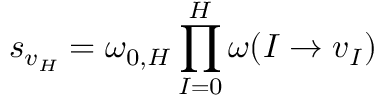
s _ { v _ { H } } = \omega _ { 0 , H } \prod _ { I = 0 } ^ { H } \omega ( I \to v _ { I } )